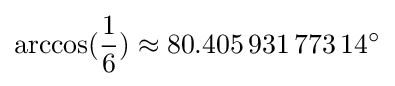
\arccos({\frac {1}{6}})\approx 80.405\,931\,773\,14^{\circ }